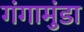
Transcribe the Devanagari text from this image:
गंगामुंडा